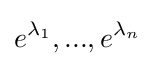
e^{\lambda _{1}},...,e^{\lambda _{n}}